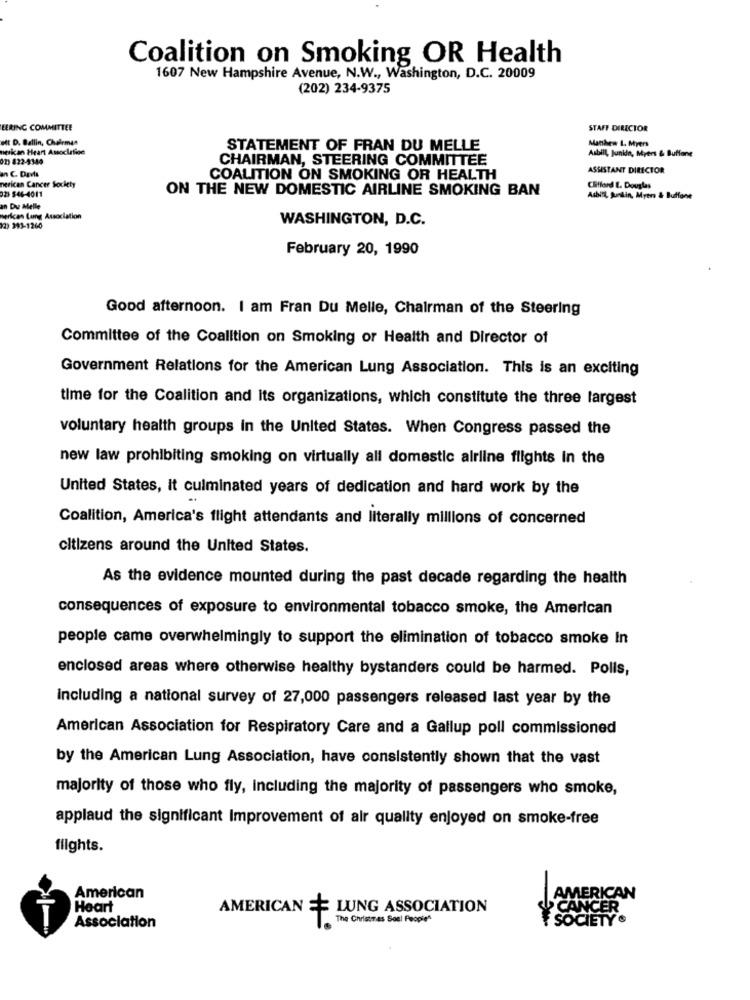
Coalition on Smoking OR Health
1607 New Hampshire Avenue, N.W ., Washington, D.C. 20009
(202) 234-9375
EERING COMMITTEE
STAFF DIRECTOR
ett D. Ballin, Chairman
nesican Heart Association
STATEMENT OF FRAN DU MELLE
Manken L. Myers
02) 822-4340
CHAIRMAN, STEERING COMMITTEE
Asbill, junido, Myers & Buffone
ASSISTANT DIRECTOR
an C. Davis
COALITION ON SMOKING OR HEALTH
nerican Cancer Society
02) 546-4011
ON THE NEW DOMESTIC AIRLINE SMOKING BAN
Clifford . Douglas
Asbill, Sunlin, Myers & Buffone
an Du Melle
verlcan Lung Association
WASHINGTON, D.C.
12) 393-1260
February 20, 1990
Good afternoon. I am Fran Du Melle, Chairman of the Steering
Committee of the Coalition on Smoking or Health and Director of
Government Relations for the American Lung Association. This is an exciting
time for the Coalition and Its organizations, which constitute the three largest
voluntary health groups in the United States. When Congress passed the
new law prohibiting smoking on virtually all domestic airline flights in the
United States, it culminated years of dedication and hard work by the
Coalition, America's flight attendants and literally millions of concerned
citizens around the United States.
As the evidence mounted during the past decade regarding the health
consequences of exposure to environmental tobacco smoke, the American
people came overwhelmingly to support the elimination of tobacco smoke In
enclosed areas where otherwise healthy bystanders could be harmed. Polis,
including a national survey of 27,000 passengers released last year by the
American Association for Respiratory Care and a Gallup poll commissioned
by the American Lung Association, have consistently shown that the vast
majority of those who fly, Including the majority of passengers who smoke,
applaud the significant Improvement of air quality enjoyed on smoke-free
flights.
American
AMERICAN
Heart
AMERICAN == LUNG ASSOCIATION
CANCER
T
The Christmas Soul People"
SOCIETY
Association